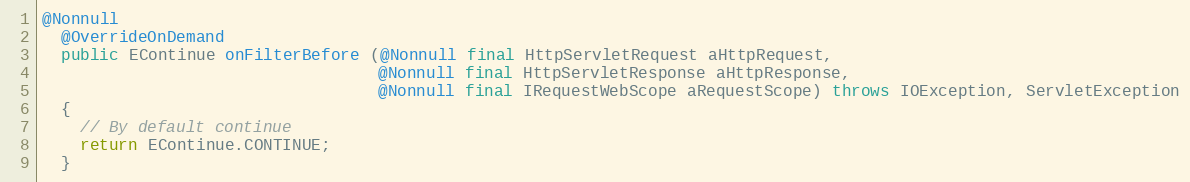
Language: Java
@Nonnull
  @OverrideOnDemand
  public EContinue onFilterBefore (@Nonnull final HttpServletRequest aHttpRequest,
                                   @Nonnull final HttpServletResponse aHttpResponse,
                                   @Nonnull final IRequestWebScope aRequestScope) throws IOException, ServletException
  {
    // By default continue
    return EContinue.CONTINUE;
  }